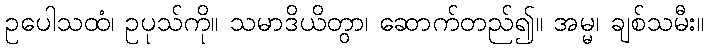
ဥပေါသထံ၊ ဥပုသ်ကို။ သမာဒိယိတွာ၊ ဆောက်တည်၍။ အမ္မ၊ ချစ်သမီး။